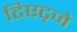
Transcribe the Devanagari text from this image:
टिएट्जे